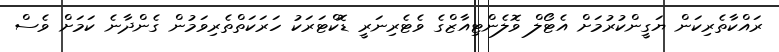
ރައްކާތެރިކަން ޔަގީންކުރުމަށް އެޓޯލް ވޮލެންޓިއާޒްގެ ވެޓެރިނަރީ ޑޮކްޓަރަކު ހަރަކަތްތެރިވަމުން ގެންދާނެ ކަމަށް ވެސް